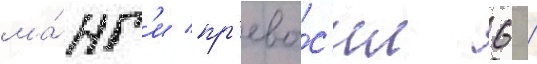
ма́нг'и пр'евы́с'ил 6 /